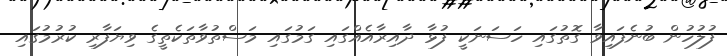
ފުލުހުން ބުނެފައިވާ ގޮތުގައި ހަސަނަކީ ފުޅާ ދާއިރާއެއްގައި ގަމުގައި މަސްތުވާތަކެތީގެ ވިޔަފާރި ކުރުމުގައި